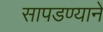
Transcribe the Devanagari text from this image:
सापडण्याने